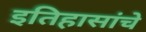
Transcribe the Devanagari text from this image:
इतिहासांचे